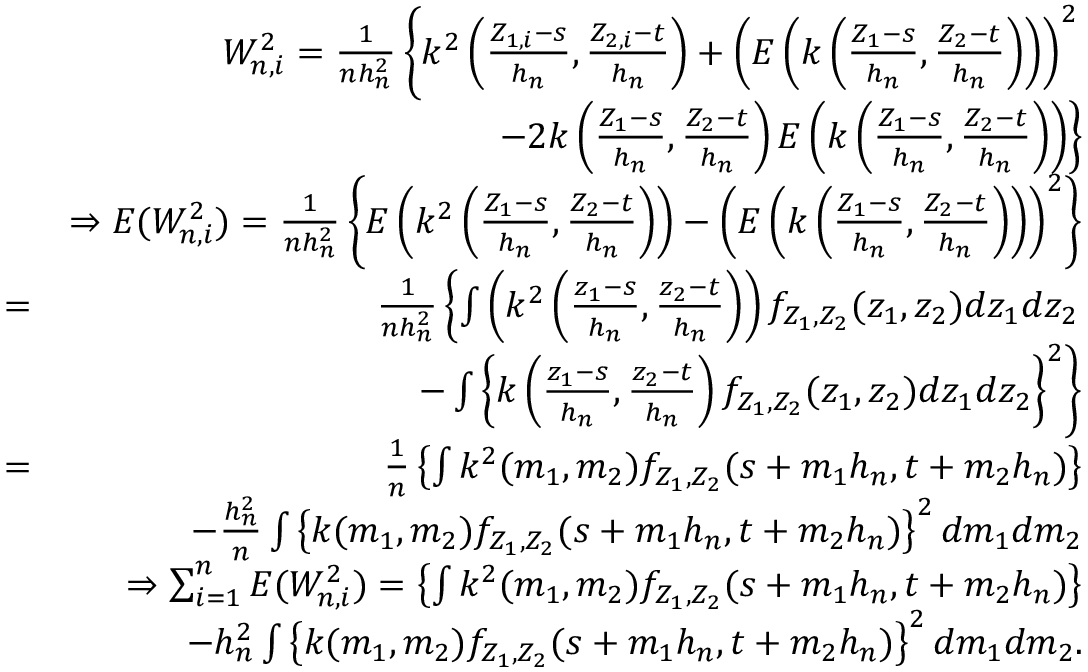
\begin{array} { r l r } & { } & { W _ { n , i } ^ { 2 } = \frac { 1 } { n h _ { n } ^ { 2 } } \left\{ k ^ { 2 } \left( \frac { Z _ { 1 , i } - s } { h _ { n } } , \frac { Z _ { 2 , i } - t } { h _ { n } } \right) + \left( E \left( k \left( \frac { Z _ { 1 } - s } { h _ { n } } , \frac { Z _ { 2 } - t } { h _ { n } } \right) \right) \right) ^ { 2 } \right. } \\ & { } & { \left. - 2 k \left( \frac { Z _ { 1 } - s } { h _ { n } } , \frac { Z _ { 2 } - t } { h _ { n } } \right) E \left( k \left( \frac { Z _ { 1 } - s } { h _ { n } } , \frac { Z _ { 2 } - t } { h _ { n } } \right) \right) \right\} } \\ & { } & { \Rightarrow E ( W _ { n , i } ^ { 2 } ) = \frac { 1 } { n h _ { n } ^ { 2 } } \left\{ E \left( k ^ { 2 } \left( \frac { Z _ { 1 } - s } { h _ { n } } , \frac { Z _ { 2 } - t } { h _ { n } } \right) \right) - \left( E \left( k \left( \frac { Z _ { 1 } - s } { h _ { n } } , \frac { Z _ { 2 } - t } { h _ { n } } \right) \right) \right) ^ { 2 } \right\} } \\ & { = } & { \frac { 1 } { n h _ { n } ^ { 2 } } \left\{ \int \left( k ^ { 2 } \left( \frac { z _ { 1 } - s } { h _ { n } } , \frac { z _ { 2 } - t } { h _ { n } } \right) \right) f _ { Z _ { 1 } , Z _ { 2 } } ( z _ { 1 } , z _ { 2 } ) d z _ { 1 } d z _ { 2 } \right. } \\ & { } & { \left. - \int \left\{ k \left( \frac { z _ { 1 } - s } { h _ { n } } , \frac { z _ { 2 } - t } { h _ { n } } \right) f _ { Z _ { 1 } , Z _ { 2 } } ( z _ { 1 } , z _ { 2 } ) d z _ { 1 } d z _ { 2 } \right\} ^ { 2 } \right\} } \\ & { = } & { \frac { 1 } { n } \left\{ \int k ^ { 2 } ( m _ { 1 } , m _ { 2 } ) f _ { Z _ { 1 } , Z _ { 2 } } ( s + m _ { 1 } h _ { n } , t + m _ { 2 } h _ { n } ) \right\} } \\ & { } & { - \frac { h _ { n } ^ { 2 } } { n } \int \left\{ k ( m _ { 1 } , m _ { 2 } ) f _ { Z _ { 1 } , Z _ { 2 } } ( s + m _ { 1 } h _ { n } , t + m _ { 2 } h _ { n } ) \right\} ^ { 2 } d m _ { 1 } d m _ { 2 } } \\ & { } & { \Rightarrow \sum _ { i = 1 } ^ { n } E ( W _ { n , i } ^ { 2 } ) = \left\{ \int k ^ { 2 } ( m _ { 1 } , m _ { 2 } ) f _ { Z _ { 1 } , Z _ { 2 } } ( s + m _ { 1 } h _ { n } , t + m _ { 2 } h _ { n } ) \right\} } \\ & { } & { - h _ { n } ^ { 2 } \int \left\{ k ( m _ { 1 } , m _ { 2 } ) f _ { Z _ { 1 } , Z _ { 2 } } ( s + m _ { 1 } h _ { n } , t + m _ { 2 } h _ { n } ) \right\} ^ { 2 } d m _ { 1 } d m _ { 2 } . } \end{array}